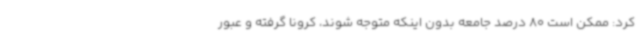
کرد: ممکن است 80 درصد جامعه بدون اینکه متوجه شوند، کرونا گرفته و عبور